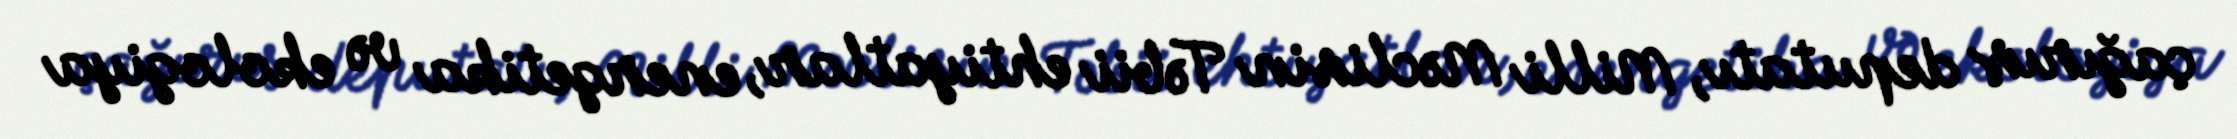
çağırış deputatı, Milli Məclisin Təbii ehtiyatlar, energetika və ekologiya